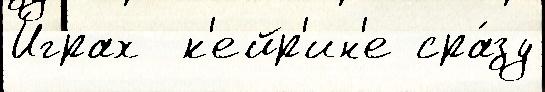
И́грах  к'ейр'ин'е сра́зу